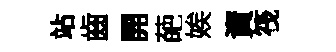
站齒開葩娭資筏